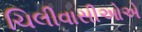
ચિલીવાસીઓએ